Indian journal of veterinary science and animal husbandry - Volume 10,
Year: 1940
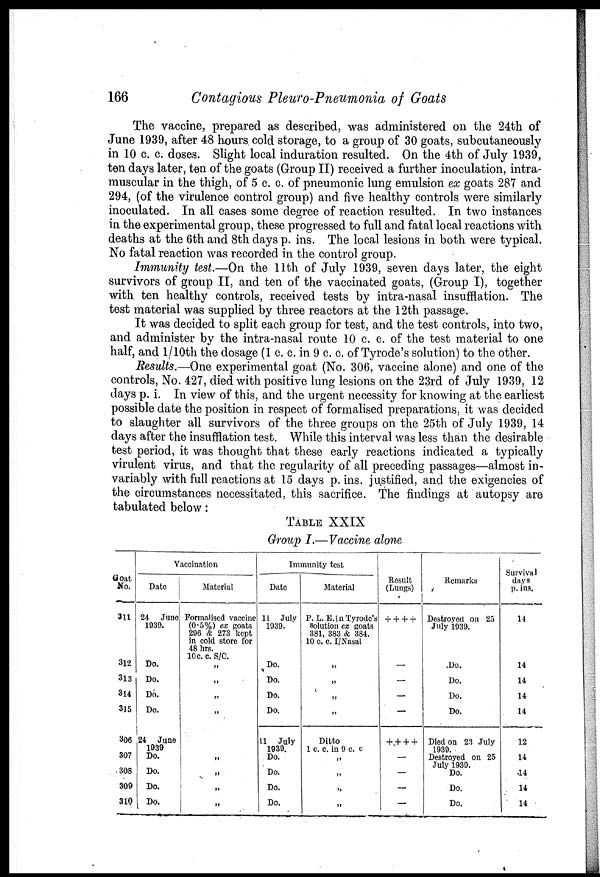
166
Contagious Pleuro-Pneumonia of Goats
The vaccine, prepared as described, was administered on the 24th of
June 1939, after 48 hours cold storage, to a group of 30 goats, subcutaneously
in 10 c. c. doses. Slight local induration resulted. On the 4th of July 1939,
ten days later, ten of the goats (Group II) received a further inoculation, intra-
muscular in the thigh, of 5 c. c. of pneumonic lung emulsion ex goats 287 and
294, (of the virulence control group) and five healthy controls were similarly
inoculated. In all cases some degree of reaction resulted. In two instances
in the experimental group, these progressed to full and fatal local reactions with
deaths at the 6th and 8th days p. ins. The local lesions in both were typical.
No fatal reaction was recorded in the control group.
Immunity test.—On the 11th of July 1939, seven days later, the eight
survivors of group II, and ten of the vaccinated goats, (Group I), together
with ten healthy controls, received tests by intra-nasal insufflation. The
test material was supplied by three reactors at the 12th passage.
It was decided to split each group for test, and the test controls, into two,
and administer by the intra-nasal route 10 c. c. of the test material to one
half, and 1/10th the dosage (1 c. c. in 9 c. c. of Tyrode's solution) to the other.
Results.—One experimental goat (No. 306, vaccine alone) and one of the
controls, No. 427, died with positive lung lesions on the 23rd of July 1939, 12
days p. i. In view of this, and the urgent necessity for knowing at the earliest
possible date the position in respect of formalised preparations, it was decided
to slaughter all survivors of the three groups on the 25th of July 1939, 14
days after the insufflation test. While this interval was less than the desirable
test period, it was thought that these early reactions indicated a typically
virulent virus, and that the regularity of all preceding passages—almost in-
variably with full reactions at 15 days p. ins. justified, and the exigencies of
the circumstances necessitated, this sacrifice. The findings at autopsy are
tabulated below:
TABLE XXIX
Group I.—Vaccine alone
Goat
No.
311
312
313
314
315
306
307
308
309
310
Vaccination
Date
24 June
1939.
Do.
Do.
Do.
Do.
24 June
1939
Do.
Do.
Do.
Do.
Material
Formalised vaccine
(0.5%) ex goats
296 & 273 kept
in cold store for
48 hrs.
10 c. c. S/C.
„
„
„
„
„
„
„
„
„
Immunity test
Date
11 July
1939.
Do.
Do.
Do.
Do.
11 July
1939.
Do.
Do.
Do.
Do.
Material
P. L. E.in Tyrode's
solution ex goats
381, 383 & 384.
10 c. c. I/Nasal
„
„
„
„
Ditto
1 c. c. in 9 c. c
„
„
„
„
Result
(Lungs)
+ + + +
—
—
—
—
+ + + +
—
—
—
—
Remarks
Destroyed on 25
July 1939.
Do.
Do.
Do.
Do.
Died on 23 July
1939.
Destroyed on 25
July 1939.
Do.
Do.
Do.
Survival
days
p. ins.
14
14
14
14
14
12
14
14
14
14